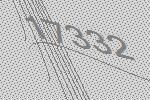
17332